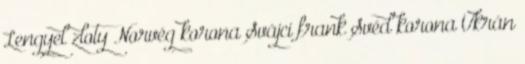
Lengyel zloty Norvég korona Svájci frank Svéd korona Ukrán